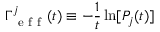
\Gamma _ { \mathrm { ~ e ~ f ~ f ~ } } ^ { j } ( t ) \equiv - \frac { 1 } { t } \ln [ P _ { j } ( t ) ]